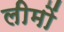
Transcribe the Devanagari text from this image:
लीमों